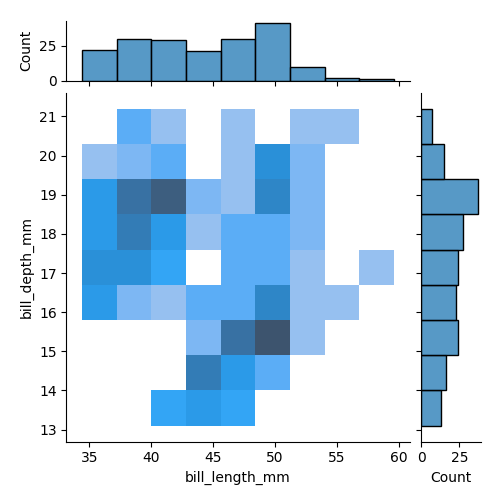
python, seaborn, jointplot, kind='hist', height='5', ratio='5', marginal_ticks='True'